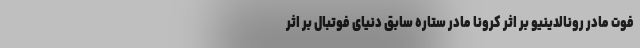
فوت مادر رونالدینیو بر اثر کرونا مادر ستاره سابق دنیای فوتبال بر اثر